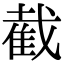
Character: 截